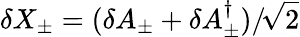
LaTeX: \delta X_{\pm}=(\delta A_{\pm}+\delta A_{\pm}^{\dagger})/\! \sqrt{2}